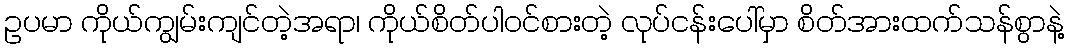
ဥပမာ ကိုယ်ကျွမ်းကျင်တဲ့အရာ၊ ကိုယ်စိတ်ပါဝင်စားတဲ့ လုပ်ငန်းပေါ်မှာ စိတ်အားထက်သန်စွာနဲ့